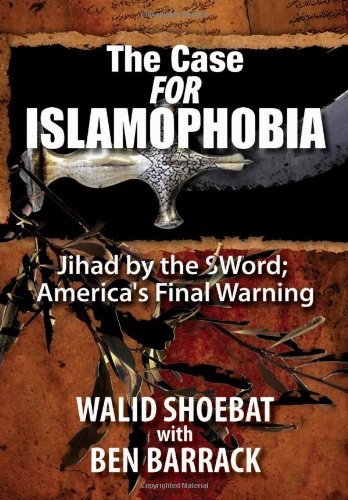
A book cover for The Case FOR Islamophobia: Jihad by the Word; America's Final Warning; Walid Shoebat; Religion & Spirituality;